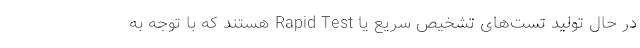
در حال تولید تست‌های تشخیص سریع یا Rapid Test هستند که با توجه به